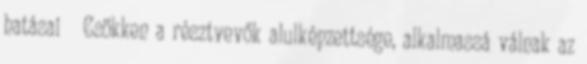
hatásai  Csökken a résztvevők alulképzettsége, alkalmassá válnak az